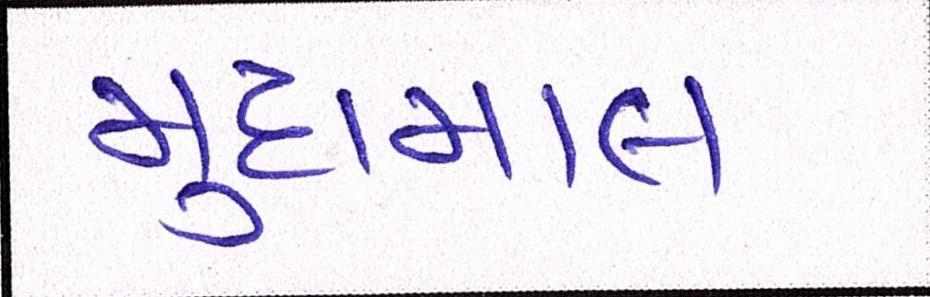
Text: મુદામાલ